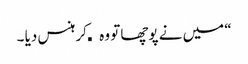
“ میں نے پوچھا تو وہ کھکھلا کر ہنس دیا ۔